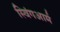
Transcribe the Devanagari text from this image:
स्विंगआर्म